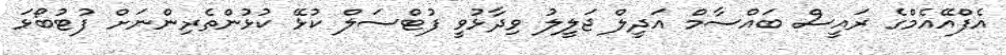
އެފްއޭއެމްގެ ރައީސް ބައްސާމް އަދީލް ޖަލީލު ވިދާޅުވީ ފުޓްސަލް ކުޅޭ ކުޅުންތެރިންނަށް ފުޓުބޯޅަ